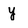
Character: y